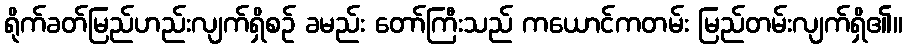
ရိုက်ခတ်မြည်ဟည်းလျက်ရှိစဉ် ခမည်း တော်ကြီးသည် ကယောင်ကတမ်း မြည်တမ်းလျက်ရှိ၏။